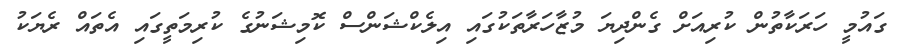
ގައުމީ ހަރަކާތުން ކުރިއަށް ގެންދިޔަ މުޒާހަރާތަކުގައި އިލެކްޝަންސް ކޮމިޝަނުގެ ކުރިމަތީގައި އެތައް ރެޔަކު